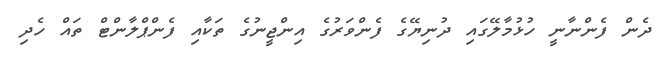
ދެން ފެންނާނީ ހުޅުމާލޭގައި ދުނިޔޭގެ ފެންވަރުގެ އިންޖީނުގެ ތަކާއި ފެންޕްލާންޓް ތައް ހެދި